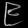
Digit: ၉